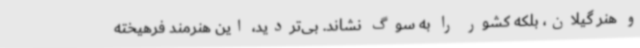
و هنر گیلان، بلکه کشور را به سوگ نشاند. بی‌تردید، این هنرمند فرهیخته